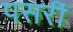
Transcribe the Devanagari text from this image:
पसरीं